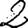
Digit: 2